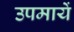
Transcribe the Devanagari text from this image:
उपमायें